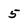
Character: 5